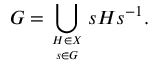
G = \bigcup _ { H \in X \atop s \in G } s H s ^ { - 1 } .